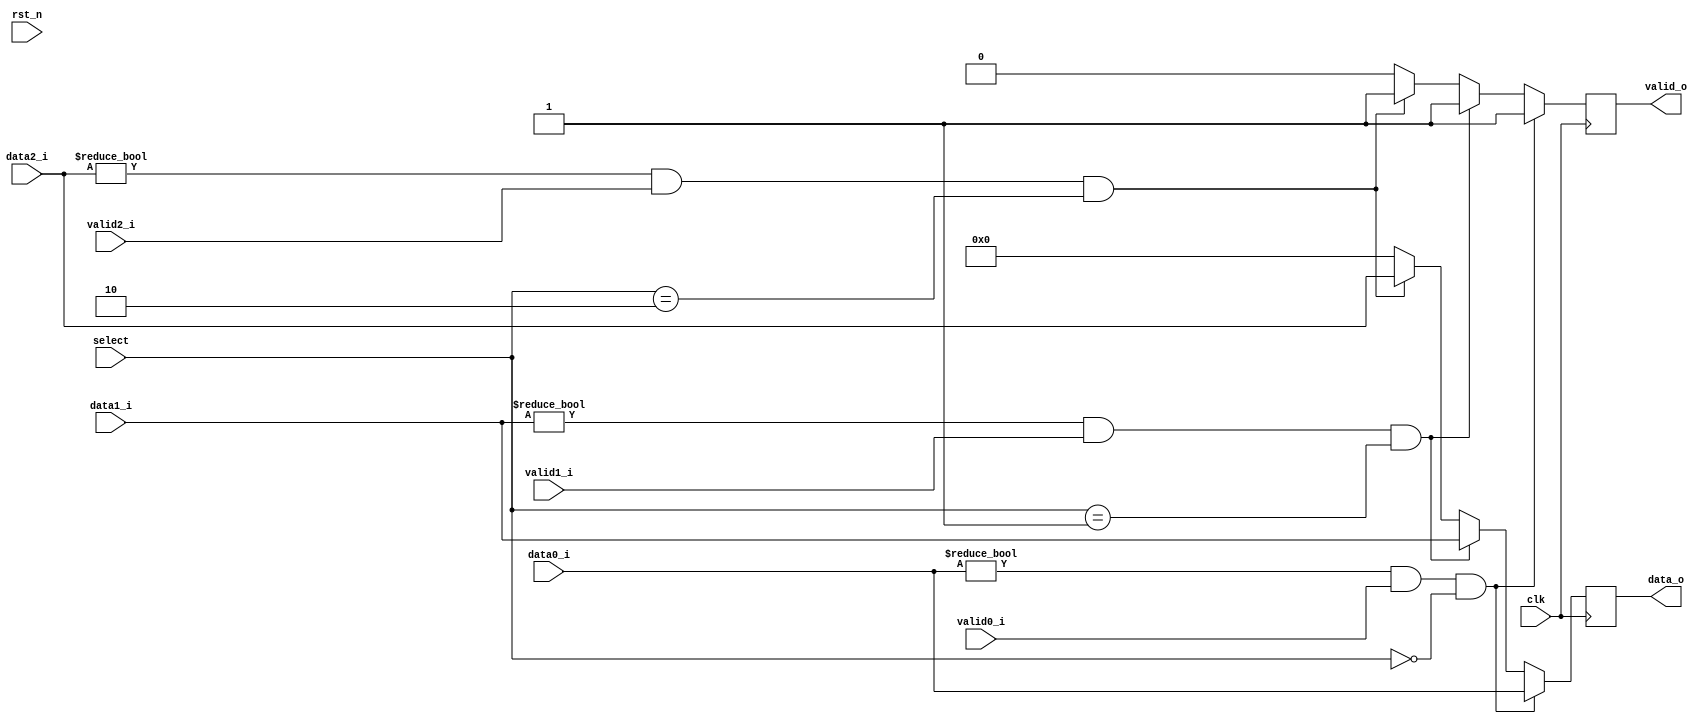
`timescale 1ns / 1ps
//////////////////////////////////////////////////////////////////////////////////
// Company: 
// Engineer: 
// 
// Design Name: 
// Module Name:    mux 
// Project Name: 
// Target Devices: 
// Tool versions: 
// Description: 
//
// Dependencies: 
//
// Revision: 
// Revision 0.01 - File Created
// Additional Comments: 
//
//////////////////////////////////////////////////////////////////////////////////
module mux #(
		parameter D_WIDTH = 8
	)(
		// Clock and reset interface
		input clk,
		input rst_n,
		
		//Select interface
		input[1:0] select,
		
		// Output interface
		output reg[D_WIDTH - 1 : 0] data_o,
		output reg						 valid_o,
				
		//output interfaces
		input [D_WIDTH - 1 : 0] 	data0_i,
		input   							valid0_i,
		
		input [D_WIDTH - 1 : 0] 	data1_i,
		input   							valid1_i,
		
		input [D_WIDTH - 1 : 0] 	data2_i,
		input     						valid2_i
    );
	
	//TODO: Implement MUX logic here
	
	always @(posedge clk) begin
	
		//daca select e 0 si avem valori de citit in data0_i atunci lui data_o atribuim valoarea lui data0_i si lui valid_o 1 
		if(data0_i != 0 && valid0_i == 1 && select == 0) begin 
		
			data_o <= data0_i; 
			valid_o <= 1;
			
		//altfel daca select e 1 si avem valori de citit in data1_i atunci lui data_o atribuim valoarea lui data1_i si lui valid_o 1 
		end else if(data1_i != 0 && valid1_i == 1 && select == 1) begin
		
			data_o <= data1_i;
			valid_o <= 1;
		//altfel daca select e 2 si avem valori de citit in data2_i atunci lui data_o atribuim valoarea lui data2_i si lui valid_o 1
		end else if(data2_i != 0 && valid2_i ==1 && select == 2) begin
		
			data_o <= data2_i;
			valid_o <= 1;
			
		//altfel atribuim lui data_o si lui valid_o 0
		end else begin
		
			data_o <= 0;
			valid_o <= 0;
		
		end
	
	end


endmodule